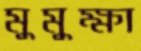
মুমুক্ষা